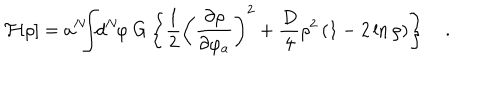
LaTeX: { \cal F } [ \rho ] = a ^ { N } \! \! \! \int \! \! d ^ { N } \! \varphi \ G \left\{ { \frac { 1 } { 2 } } \left( { \frac { \partial \rho } { \partial \varphi _ { a } } } \right) ^ { 2 } + { \frac { D } { 4 } } \rho ^ { 2 } \left( 1 - 2 \ln \rho \right) \right\} \quad .